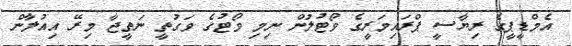
އެމްޑީޕީގެ ރިޔާސީ ޕްރައިމަރީގެ ވޯޓުލުން ނިމި ވޯޓުގެ ވަގުތީ ނަތީޖާ މިރޭ އިއުލާން